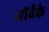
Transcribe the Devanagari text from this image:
नॉर्वेके